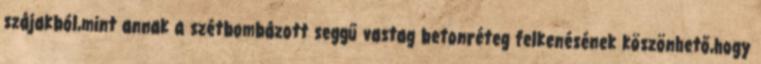
szájakból,mint annak a szétbombázott seggű vastag betonréteg felkenésének köszönhető,hogy